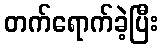
တက်ရောက်ခဲ့ပြီး